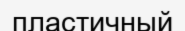
пластичный